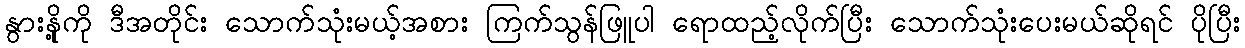
နွားနို့ကို ဒီအတိုင်း သောက်သုံးမယ့်အစား ကြက်သွန်ဖြူပါ ရောထည့်လိုက်ပြီး သောက်သုံးပေးမယ်ဆိုရင် ပိုပြီး